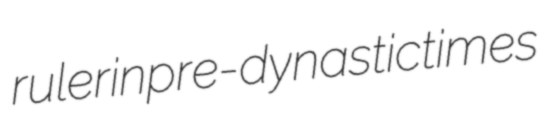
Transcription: ruler in pre-dynastic times